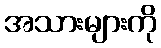
အသားများကို